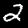
Digit: 2